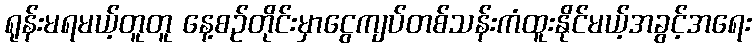
ရုန်းမရမယ့်တူတူ နေ့စဉ်တိုင်းမှာငွေကျပ်တစ်သန်းကံထူးနိုင်မယ့်အခွင့်အရေး